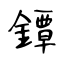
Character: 鐔